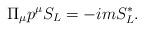
LaTeX: \begin{align*}\Pi_{\mu} p^{\mu} S_{L} = - i m S_{L}^{*}.\end{align*}